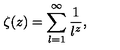
\zeta ( z ) = \sum _ { l = 1 } ^ { \infty } \frac { 1 } { l ^ { z } } ,